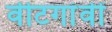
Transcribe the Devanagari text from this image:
वीटगांवीं